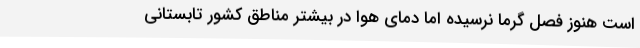
است هنوز فصل گرما نرسیده اما دمای هوا در بیشتر مناطق کشور تابستانی